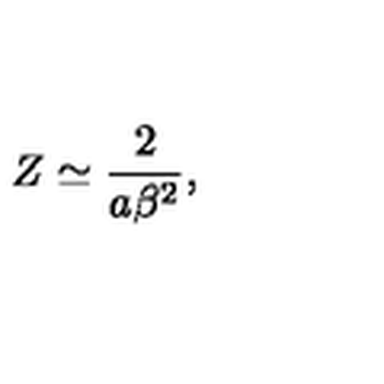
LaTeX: Z \simeq \frac { 2 } { a \beta ^ { 2 } } ,